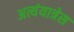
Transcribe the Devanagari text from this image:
अत्यंयात्रेस